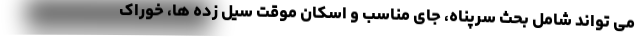
می تواند شامل بحث سرپناه، جای مناسب و اسکان موقت سیل زده ها، خوراک